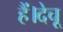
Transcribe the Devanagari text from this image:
हैं।देचू